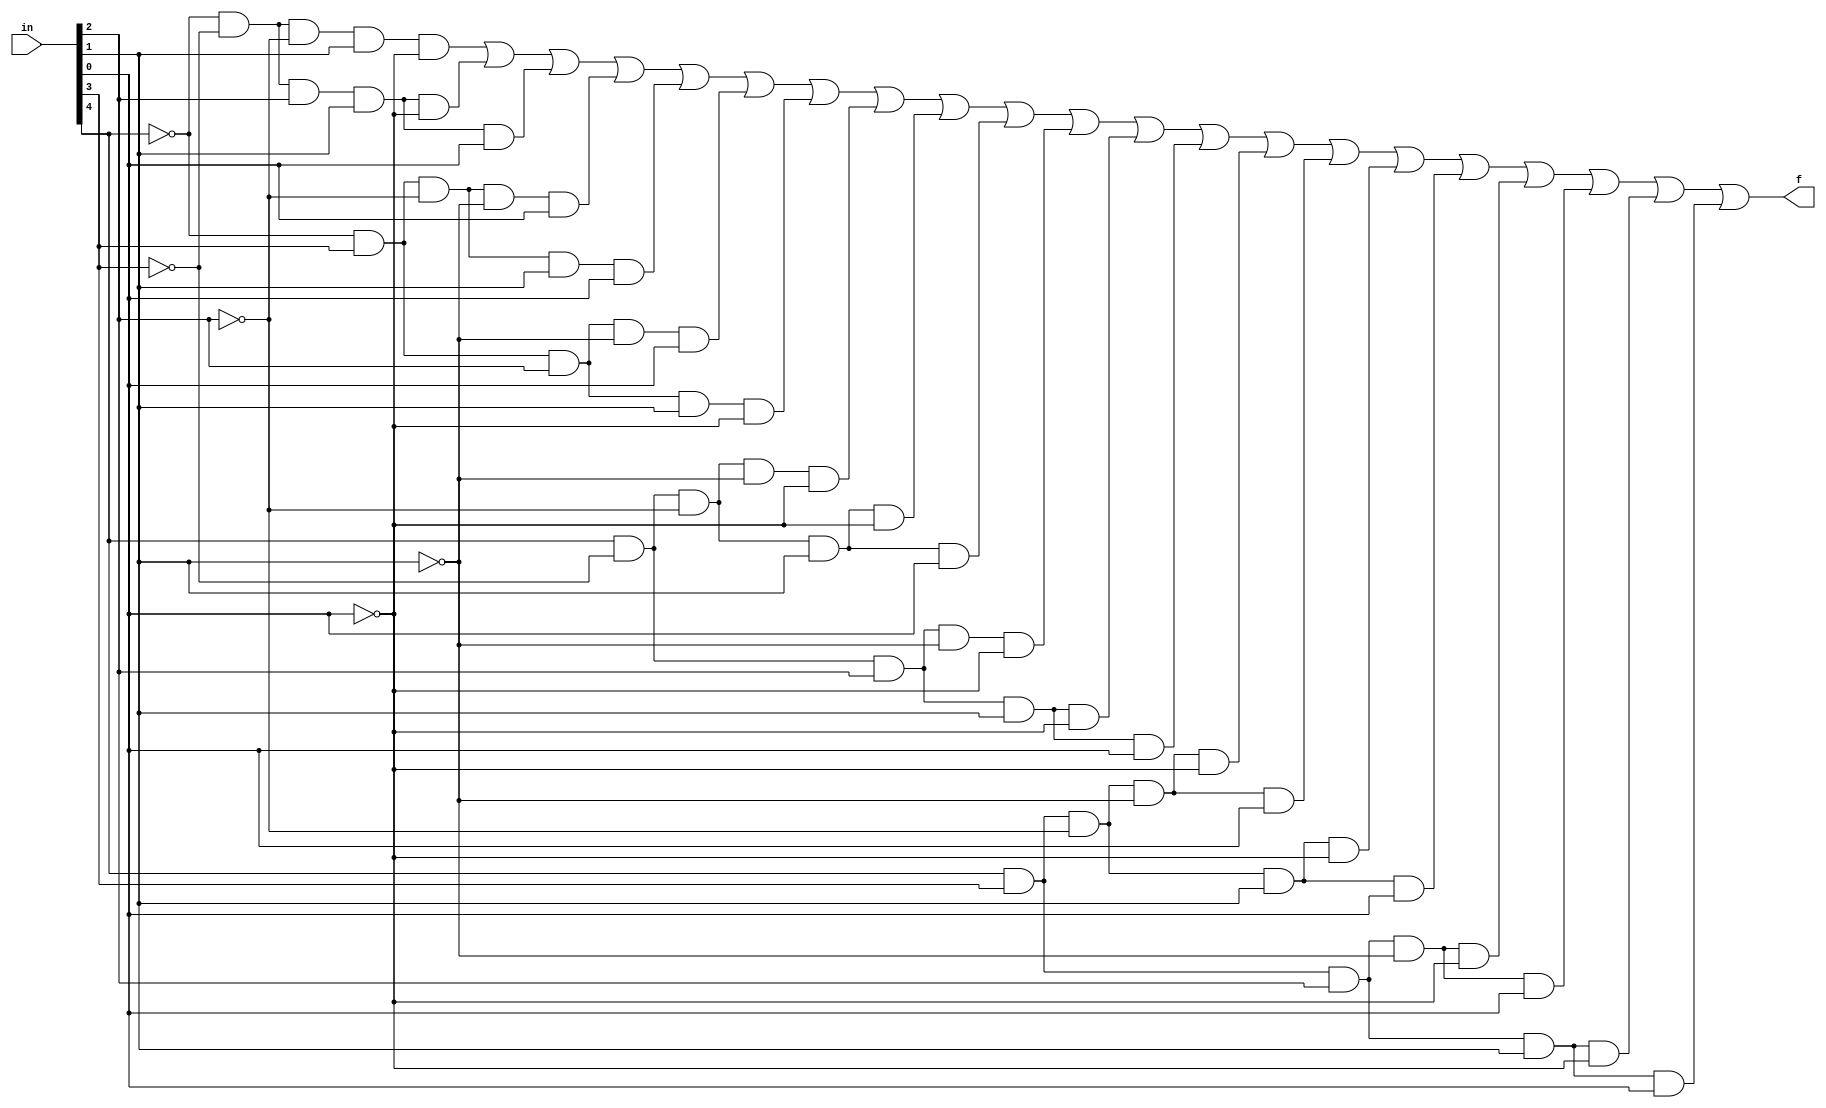
`timescale 1ns / 1ps

module sdnf(
    input wire [4:0] in,
    output wire f
);

wire a = in[4];
wire b = in[3];
wire c = in[2];
wire d = in[1];
wire e = in[0];
assign f = (~a && ~b && ~c && d && ~e) || (~a && ~b && c && d && ~e) ||
           (~a && ~b && c && d && e) || (~a && b && ~c && ~d && e) ||
           (~a && b && ~c && d && e) || (~a && b && c && ~d && e) ||
           (~a && b && c && d && ~e) || (a && ~b && ~c && ~d && ~e)||
           (a && ~b && ~c && d && ~e) || (a && ~b && ~c && d && e) ||
           (a && ~b && c && ~d && ~e) || (a && ~b && c && d && ~e) ||
           (a && ~b && c && d && e) || (a && b && ~c && ~d && ~e) ||
           (a && b && ~c && ~d && e) || (a && b && ~c && d && ~e) ||
           (a && b && ~c && d && e) || (a && b && c && ~d && ~e) ||
           (a && b && c && ~d && e) || (a && b && c && d && ~e) ||
           (a && b && c && d && e);
endmodule